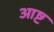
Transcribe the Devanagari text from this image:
आष्ट